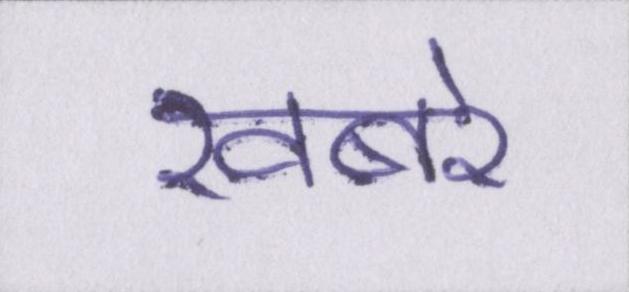
खबरे